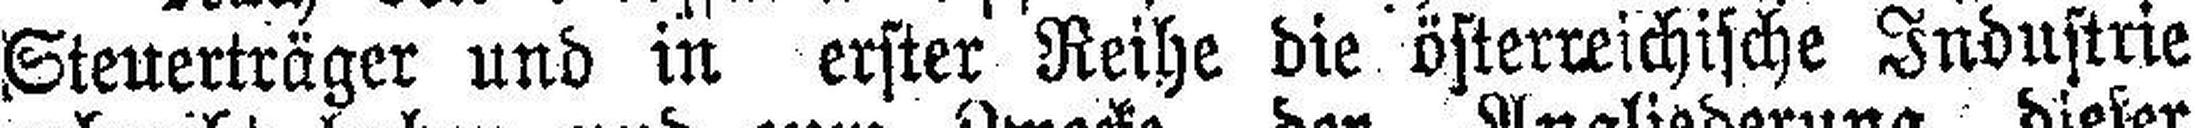
Steuerträger und in erster Reihe die österreichische Industrie